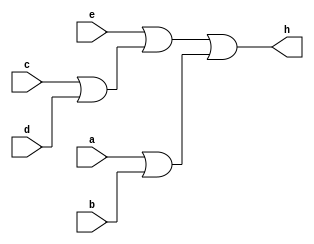
module aluselct(output h,input a,input b,input c,input d,input e );

or or1(temp1,a,b);
or or2(temp2,c,d);
or or3(temp3,e,temp2);
or or4(h,temp3,temp1);

endmodule